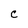
Character: c